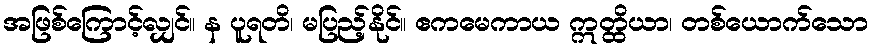
အဖြစ်ကြောင့်လျှင်။ န ပူရတိ၊ မပြည့်နိုင်။ ဧကမေကာယ ဣတ္ထိယာ၊ တစ်ယောက်သော